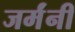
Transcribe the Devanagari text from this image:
जर्मंनी